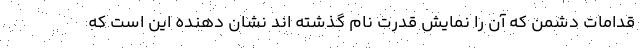
قدامات دشمن که آن را نمایش قدرت نام گذشته اند نشان دهنده این است که